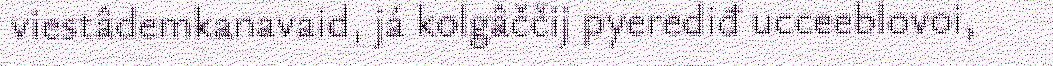
viestâdemkanavaid, já kolgâččij pyerediđ ucceeblovoi,